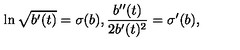
\ln \sqrt { b ^ { \prime } ( t ) } = \sigma ( b ) , \frac { b ^ { \prime \prime } ( t ) } { 2 b ^ { \prime } ( t ) ^ { 2 } } = \sigma ^ { \prime } ( b ) ,